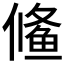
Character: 𱇱